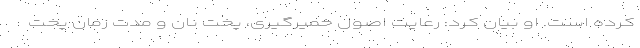
کرده است. او بیان کرد: رعایت اصول خمیرگیری، پخت نان و مدت زمان پخت